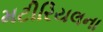
મટીરિયલના